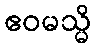
ဧဝမသ္မိ